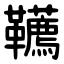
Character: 韉